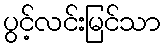
ပွင့်လင်းမြင်သာ